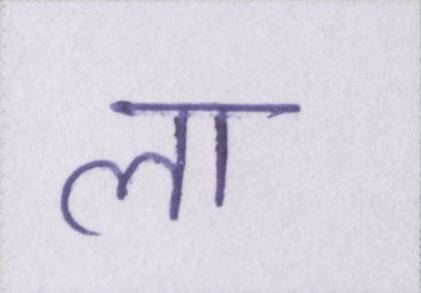
ला